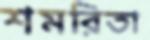
শমরিতা